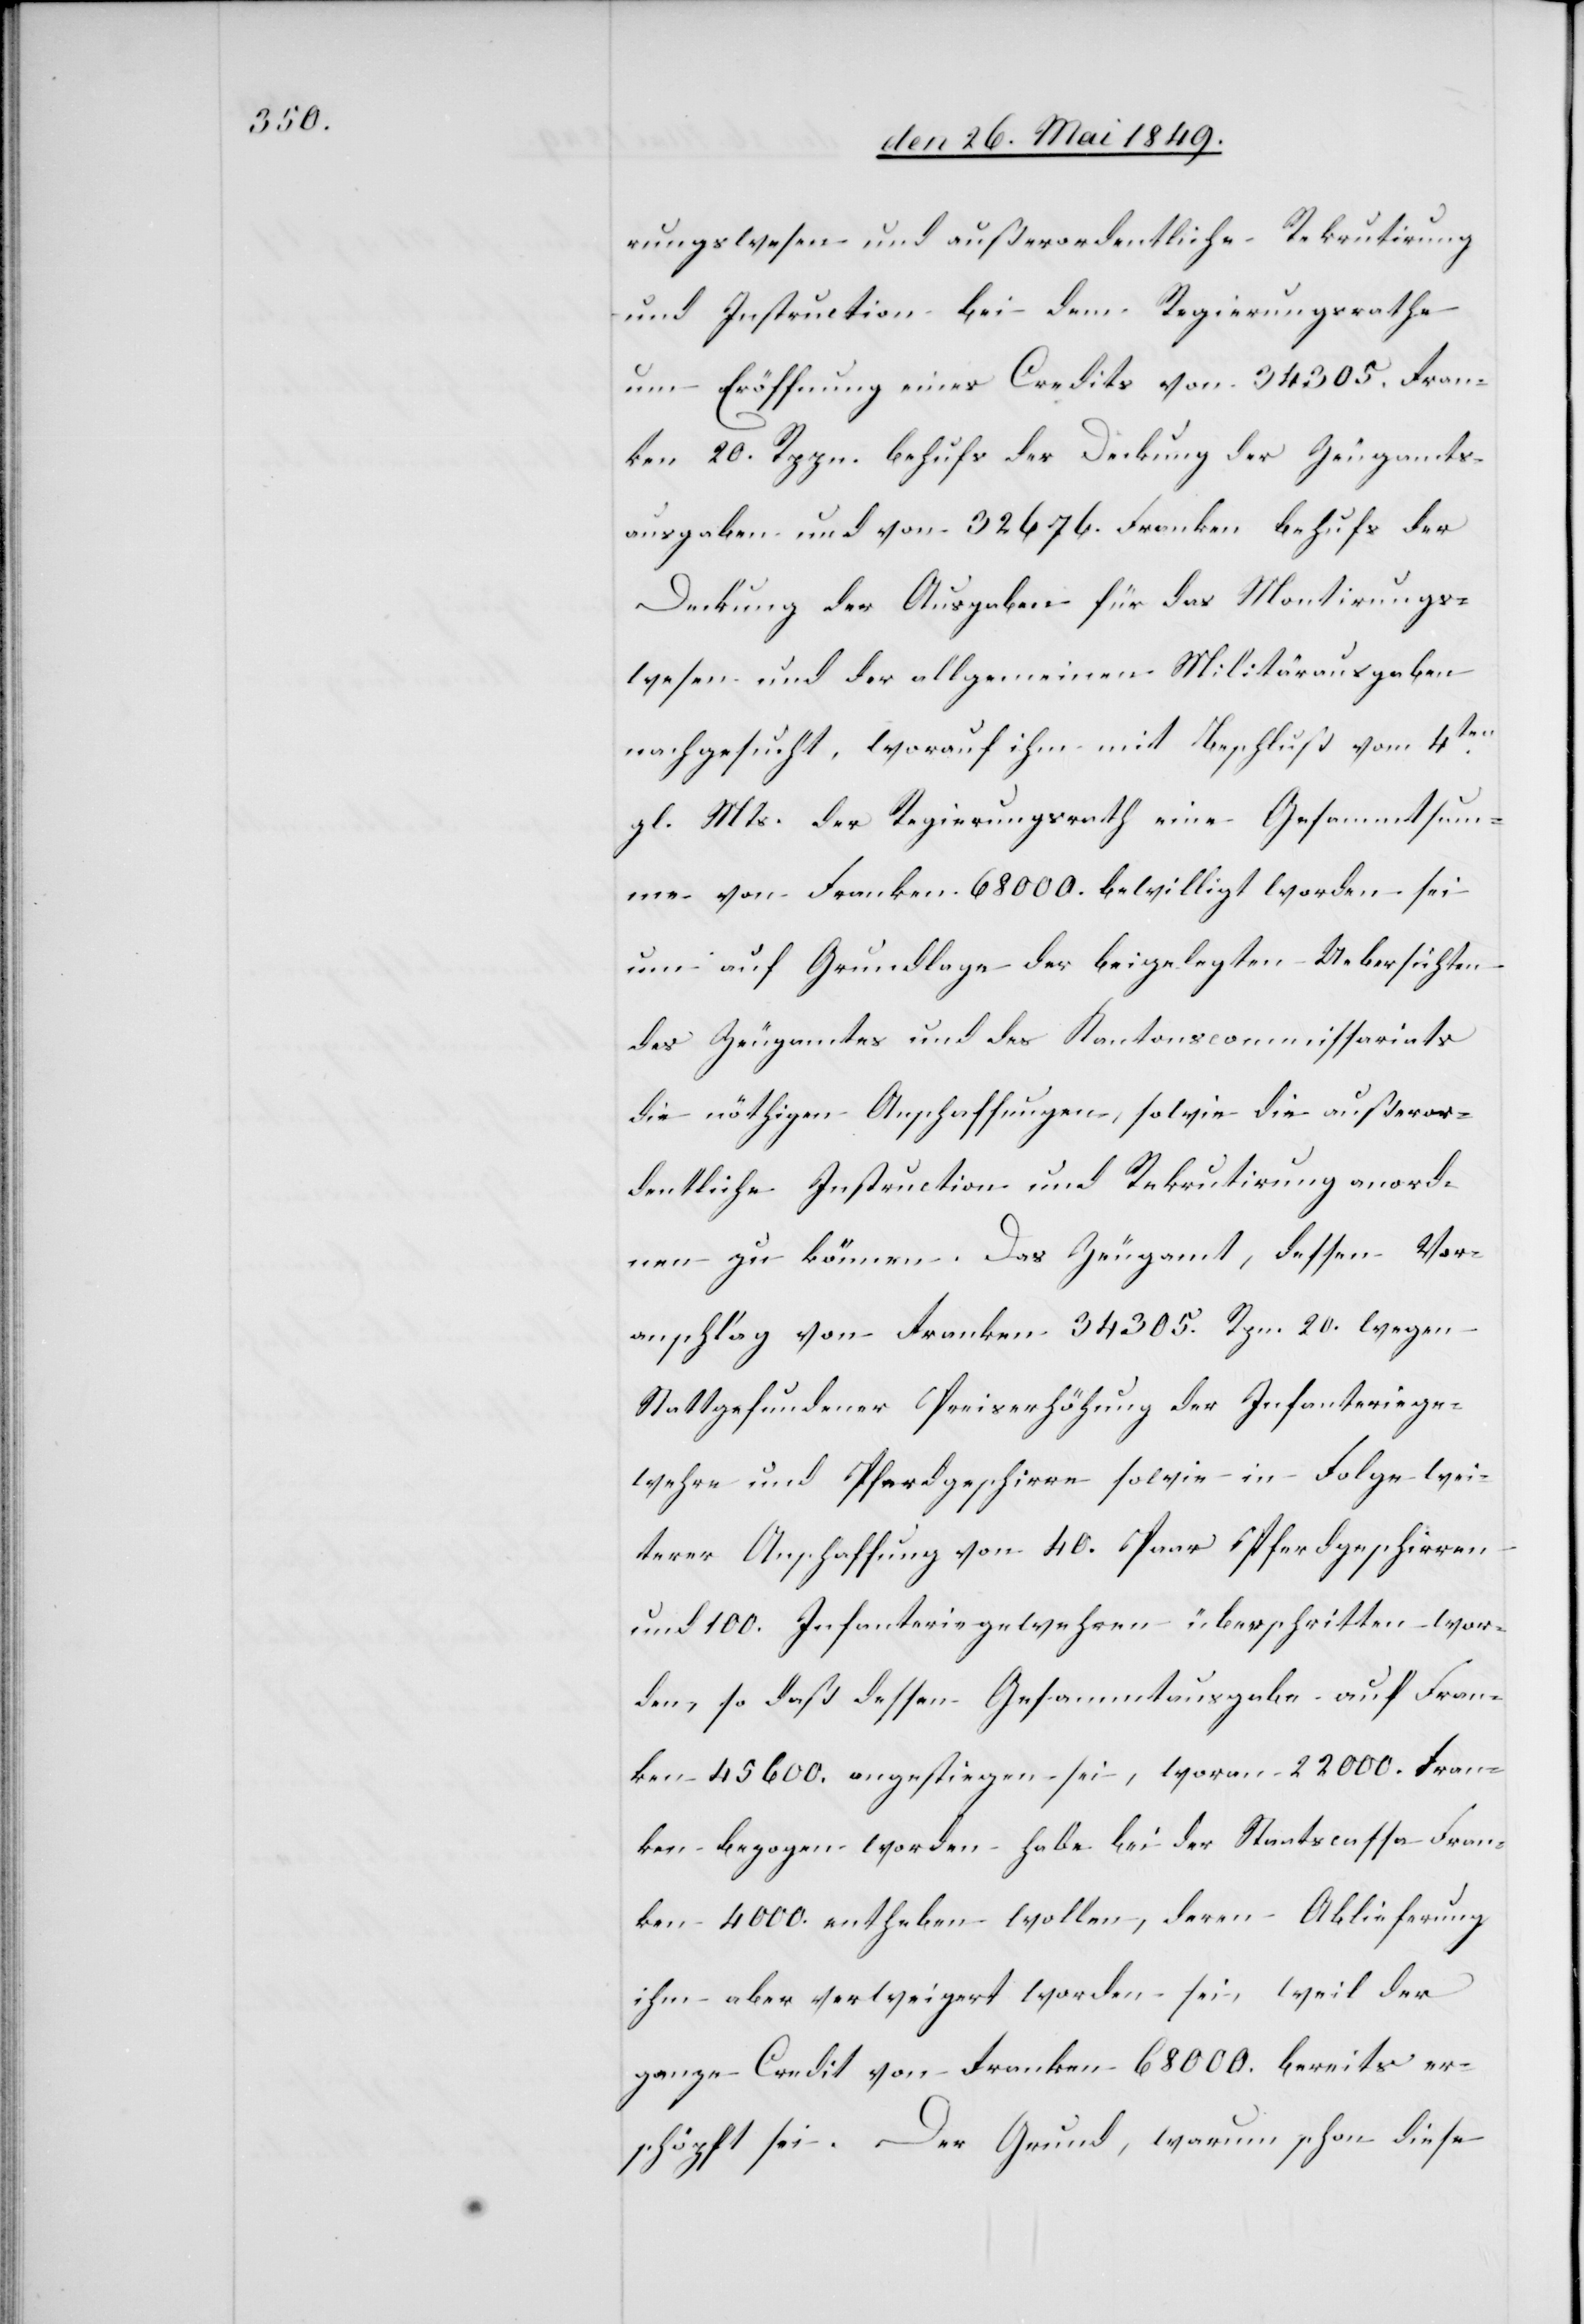
rungswesen und außerordentliche Rekrutirung
und Instruction bei dem Regierungsrathe
um Eröffnung eines Credits von 34 305. Fran¬
ken 20. Rppn. behufs der Deckung der Zeugamts¬
ausgaben und von 32 676. Franken behufs der
Deckung der Ausgaben für das Montirungs¬
wesen und der allgemeinen Militärausgaben
nachgesucht, worauf ihm mit Beschluß vom 4ten
gl. Mts. der Regierungsrath eine Gesammtsum¬
me von Franken 68 000. bewilligt worden sei
um auf Grundlage der beigelegten Uebersichten
des Zeugamtes und des Kantonscommissariats
die nöthigen Anschaffungen, sowie die außeror¬
dentliche Instruction und Rekrutirung anord¬
nen zu können. Das Zeugamt, dessen Vor¬
anschlag von Franken 34 305. Rpn. 20. wegen
Stattgefundener Preiserhöhung der Infanteriege¬
wehre und Pferdgeschirre sowie in Folge wei¬
terer Anschaffung von 40. Paar Pferdgeschirren
und 100. Infanteriegewehren überschritten wor¬
den, so daß dessen Gesammtausgabe auf Fran¬
ken 45 600. angestiegen sei, woran 22 000. Fran¬
ken bezogen worden habe bei der Staatscassa Fran¬
ken 4 000. entheben wollen, deren Ablieferung
ihm aber verweigert worden sei, weil der
ganze Credit von Franken 68 000. bereits er¬
schöpft sei. Der Grund, warum schon diese